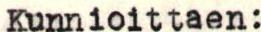
Kunnioittaen: